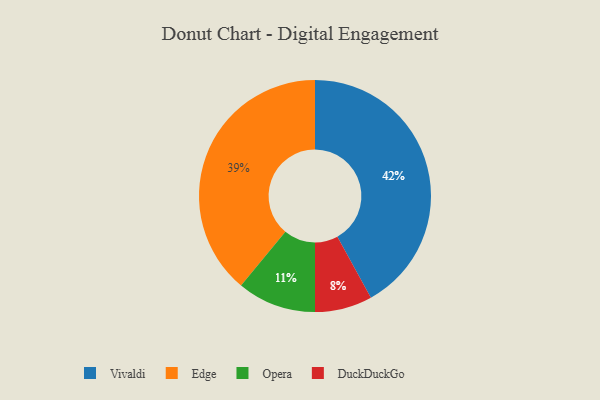
{"axis": {"x": "Category", "y": "Percentage"}, "legend": ["DuckDuckGo", "Edge", "Opera", "Vivaldi"], "data": [{"x": "DuckDuckGo", "y": 8, "type": "DuckDuckGo"}, {"x": "Edge", "y": 39, "type": "Edge"}, {"x": "Vivaldi", "y": 42, "type": "Vivaldi"}, {"x": "Opera", "y": 11, "type": "Opera"}]}